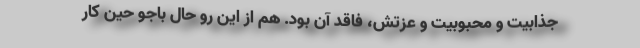
جذابیت و محبوبیت و عزتش، فاقد آن بود. هم از این رو حال باجو حین کار